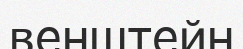
венштейн